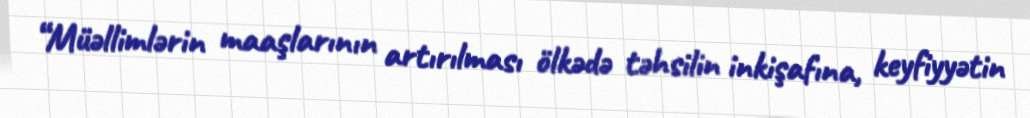
“Müəllimlərin maaşlarının artırılması ölkədə təhsilin inkişafına, keyfiyyətin